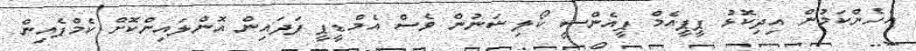
އެހެންކަމުން އިދިކޮޅު ޕީޕީއެމް ޕީއެންސީ ކޯލިޝަނުން ވެސް އެމްޑީޕީ ފަދައިން އޮންލައިންކޮށް ކެމްޕެއިން